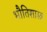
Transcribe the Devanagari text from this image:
भौतिशास्त्र